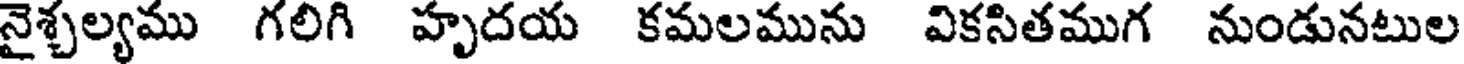
నైశ్చల్యము గలిగి హృదయ కమలమును వికసితముగ నుండునటుల